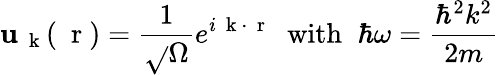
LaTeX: \mathbf{u}_{\mathrm{{~\mathbf{~}k~}}}(\mathrm{{~\mathbf{~}r~}})=\frac{{1}}{{\sqrt{}{{\Omega}}}}e^{i\mathrm{{~\mathbf{~}k~}}\cdot\mathrm{{~\mathbf{~}r~}}}\; \; \mathrm{{with}}\; \; \hbar\omega=\frac{{\hbar^{2}k^{2}}}{{2m}}